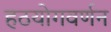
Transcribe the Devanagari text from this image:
हठयोगवर्णन